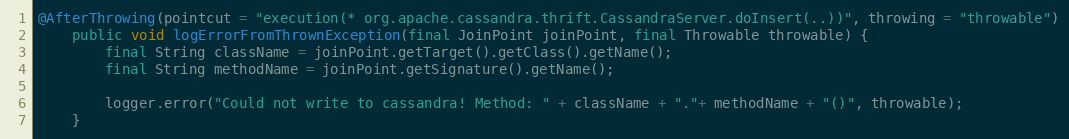
Language: Java
@AfterThrowing(pointcut = "execution(* org.apache.cassandra.thrift.CassandraServer.doInsert(..))", throwing = "throwable")
    public void logErrorFromThrownException(final JoinPoint joinPoint, final Throwable throwable) {
        final String className = joinPoint.getTarget().getClass().getName();
        final String methodName = joinPoint.getSignature().getName();

        logger.error("Could not write to cassandra! Method: " + className + "."+ methodName + "()", throwable);
    }